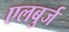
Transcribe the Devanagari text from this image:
एलबुर्ज